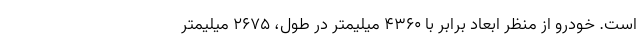
است. خودرو از منظر ابعاد برابر با 4360 میلیمتر در طول، 2675 میلیمتر